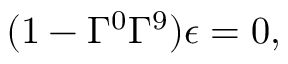
( 1 - \Gamma ^ { 0 } \Gamma ^ { 9 } ) \epsilon = 0 ,